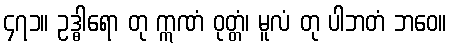
၄၇၁။ ဥဒ္ဓါရော တု ဣဏံ ဝုတ္တံ၊ မူလံ တု ပါဘတံ ဘဝေ။